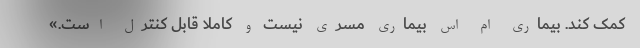
کمک کند. بیماری ام اس بیماری مسری نیست و کاملا قابل‌ کنترل است.»